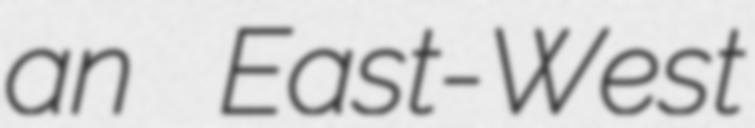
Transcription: an East-West